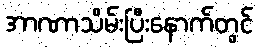
အာဏာသိမ်းပြီးနောက်တွင်